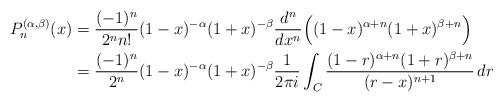
LaTeX: \begin{align*}P_n^{(\alpha,\beta)} (x)&=\frac{(-1)^{n}}{2^{n}n!} (1-x)^{-\alpha} (1+x)^{-\beta}\frac{d^n}{dx^n} \Big( (1-x)^{\alpha+n}(1+x)^{\beta+n}\Big)\\&= \frac{(-1)^{n}}{2^n} (1-x)^{-\alpha} (1+x)^{-\beta}\frac{1}{2\pi i} \int_C \frac{ (1-r)^{\alpha+n}(1+r)^{\beta+n}}{(r-x)^{n+1}}\,dr\end{align*}